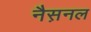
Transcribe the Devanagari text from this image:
नैस़नल